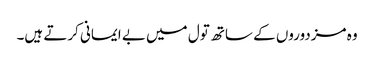
وہ مزدوروں کے ساتھ تول میں بے ایمانی کرتے ہیں۔